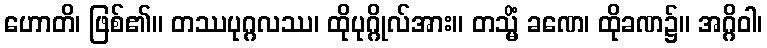
ဟောတိ၊ ဖြစ်၏။ တဿပုဂ္ဂလဿ၊ ထိုပုဂ္ဂိုလ်အား။ တသ္မိံ ခဏေ၊ ထိုခဏ၌။ အဂ္ဂိဝါ၊